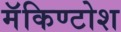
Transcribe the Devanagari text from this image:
मॅकिण्टोश